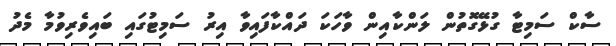
ސާކް ސަމިޓާ ގުޅޭގޮތުން ލަންކާއިން ވާހަކަ ދައްކާފައިވާ އިރު ސަމިޓުގައި ބައިވެރިވުމާ މެދު